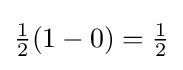
{\textstyle {\frac {1}{2}}(1-0)={\frac {1}{2}}}